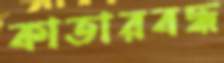
কাতারবদ্ধ